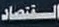
القتصاد